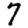
Digit: 7